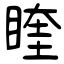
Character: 睳